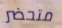
متحضر